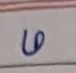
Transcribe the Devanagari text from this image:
७